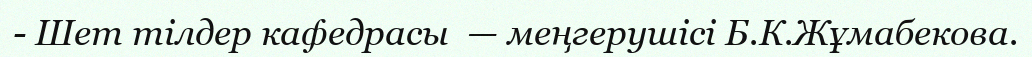
- Шет тілдер кафедрасы  — меңгерушісі Б.К.Жұмабекова.